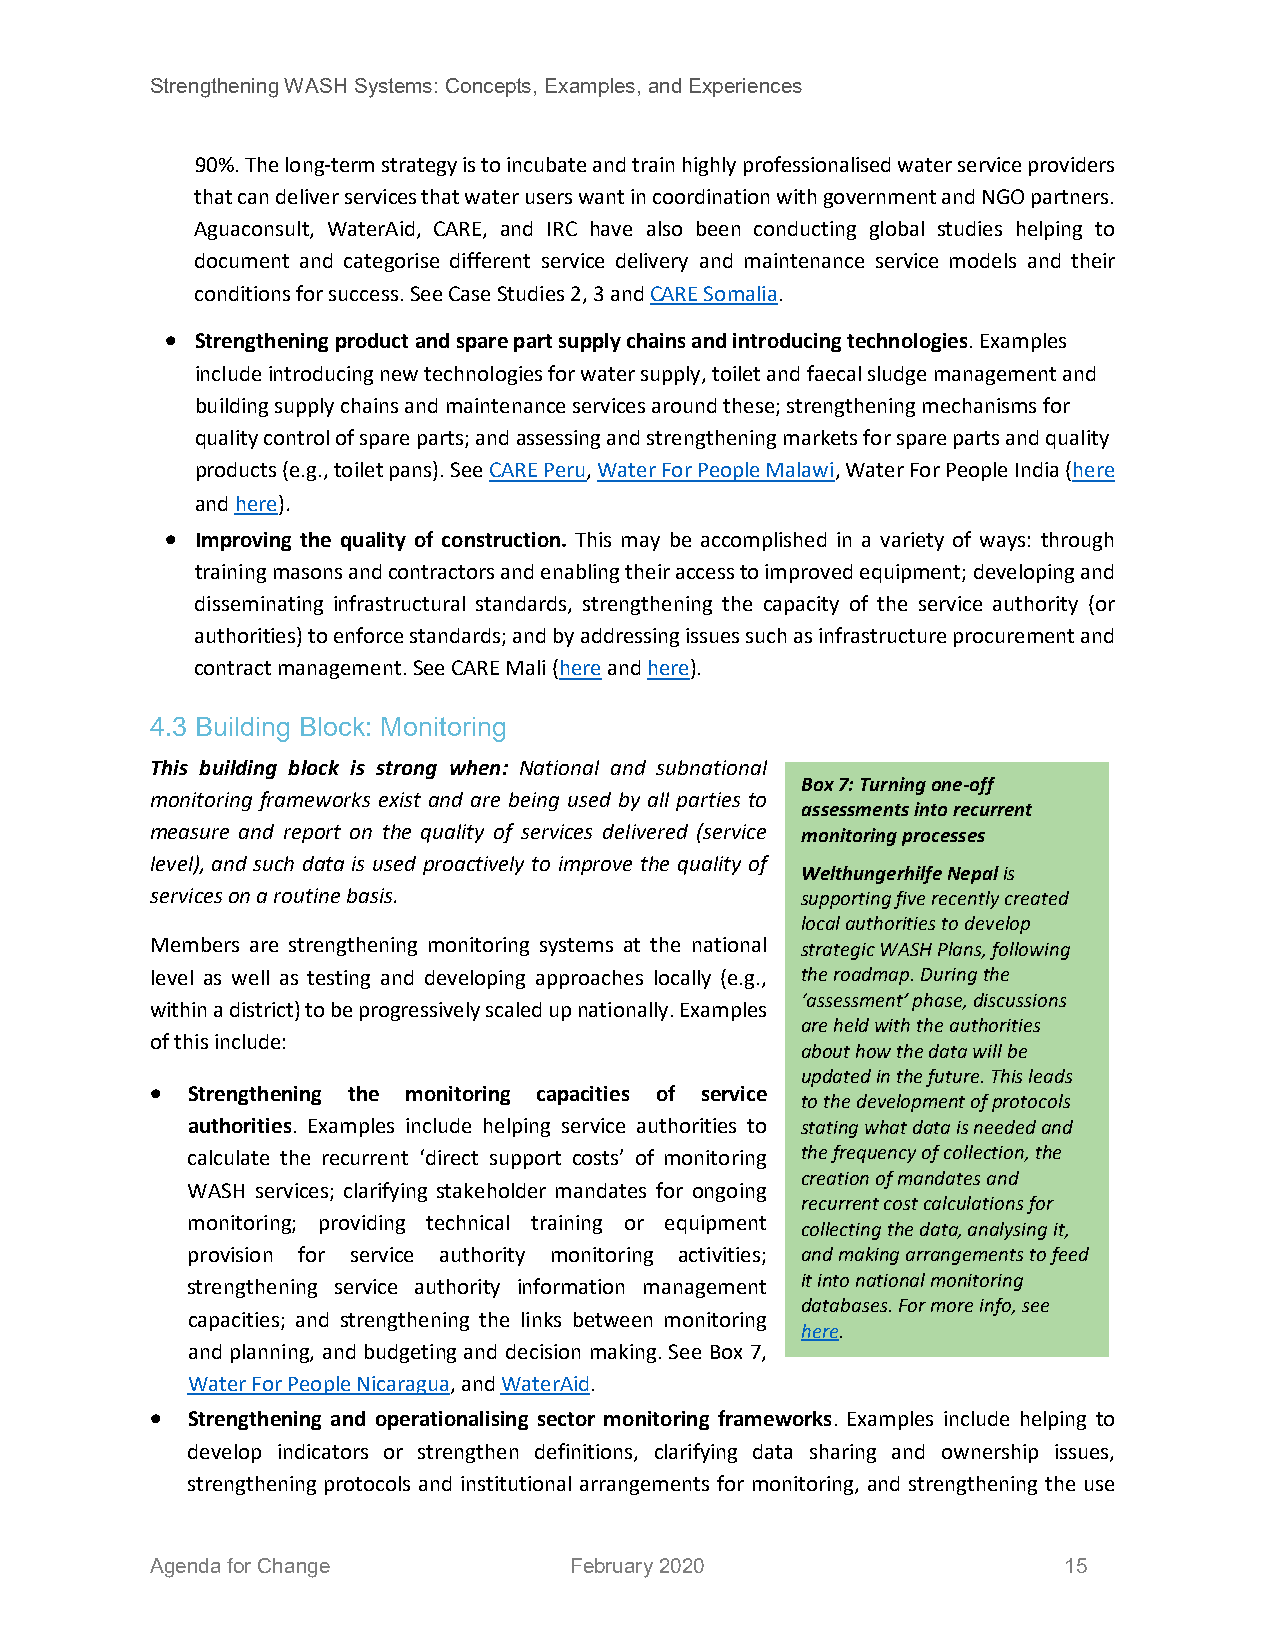
Strengthening WASH Systems: Concepts, Examples, and Experiences
 90%. The long-term strategy is to incubate and train highly professionalised water service providers
 that can deliver services that water users want in coordination with government and NGO partners.
 Aguaconsult, WaterAid, CARE, and IRC have also been conducting global studies helping to
 document and categorise different service delivery and maintenance service models and their
 conditions for success. See Case Studies 2, 3 and CARE Somalia.
 • Strengthening product and spare part supply chains and introducing technologies. Examples
 include introducing new technologies for water supply, toilet and faecal sludge management and
 building supply chains and maintenance services around these; strengthening mechanisms for
 quality control of spare parts; and assessing and strengthening markets for spare parts and quality
 products (e.g., toilet pans). See CARE Peru, Water For People Malawi, Water For People India (here
 and here).
 • Improving the quality of construction. This may be accomplished in a variety of ways: through
 training masons and contractors and enabling their access to improved equipment; developing and
 disseminating infrastructural standards, strengthening the capacity of the service authority (or
 authorities) to enforce standards; and by addressing issues such as infrastructure procurement and
 contract management. See CARE Mali (here and here).
 4.3 Building Block: Monitoring
 This building block is strong when: National and subnational
 Box 7: Turning one-off
 monitoring frameworks exist and are being used by all parties to
 assessments into recurrent
 measure and report on the quality of services delivered (service monitoring processes
 level), and such data is used proactively to improve the quality of
 Welthungerhilfe Nepal is
 services on a routine basis.               supporting five recently created
 local authorities to develop
 Members are strengthening monitoring systems at the national strategic WASH Plans, following
 level as well as testing and developing approaches locally (e.g., the roadmap. During the
 ‘assessment’ phase, discussions
 within a district) to be progressively scaled up nationally. Examples
 are held with the authorities
 of this include:
 about how the data will be
 updated in the future. This leads
 • Strengthening the monitoring capacities of service
 to the development of protocols
 authorities. Examples include helping service authorities to stating what data is needed and
 calculate the recurrent ‘direct support costs’ of monitoring the frequency of collection, the
 creation of mandates and
 WASH services; clarifying stakeholder mandates for ongoing
 recurrent cost calculations for
 monitoring; providing technical training or equipment
 collecting the data, analysing it,
 provision for service authority monitoring activities; and making arrangements to feed
 it into national monitoring
 strengthening service authority information management
 databases. For more info, see
 capacities; and strengthening the links between monitoring
 here.
 and planning, and budgeting and decision making. See Box 7,
 Water For People Nicaragua, and WaterAid.
 • Strengthening and operationalising sector monitoring frameworks. Examples include helping to
 develop indicators or strengthen definitions, clarifying data sharing and ownership issues,
 strengthening protocols and institutional arrangements for monitoring, and strengthening the use
 Agenda for Change           February 2020                   15